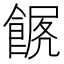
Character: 𩜧